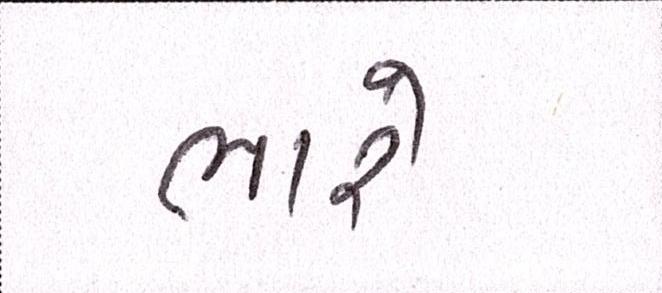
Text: ભારે